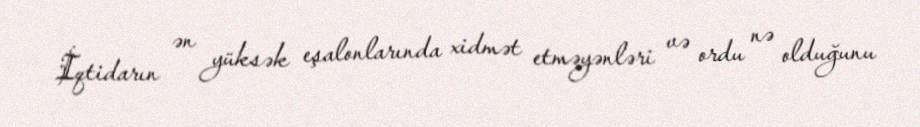
İqtidarın ən yüksək eşalonlarında xidmət etməyənləri və ordu nə olduğunu